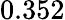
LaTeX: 0.352